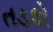
તડકો